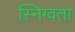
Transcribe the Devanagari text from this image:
स्निग्वता